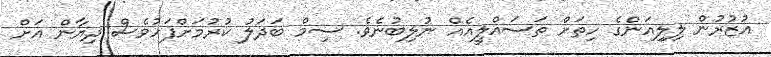
އުޒުރުން ލިލިއަންގެ ހިތަށް ތަސައްލީއެއް ނުލިބުނެވެ. ސިމް ބަދަލު ކުރުމަށްފަހުވެސް ދިޔާން އަށް